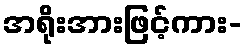
အရိုးအားဖြင့်ကား-